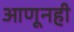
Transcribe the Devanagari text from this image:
आणूनही